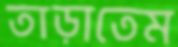
তাড়াতেম